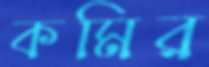
কমির